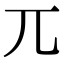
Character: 兀